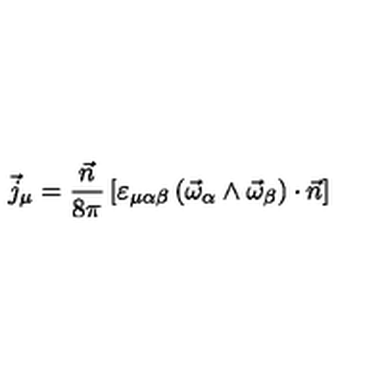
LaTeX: \vec { j } _ { \mu } = \frac { \vec { n } } { 8 \pi } \left[ \varepsilon _ { \mu \alpha \beta } \left( \vec { \omega } _ { \alpha } \wedge \vec { \omega } _ { \beta } \right) \cdot \vec { n } \right]